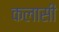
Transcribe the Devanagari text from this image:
कलासी